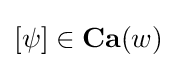
[\psi ]\in \mathbf {Ca} (w)